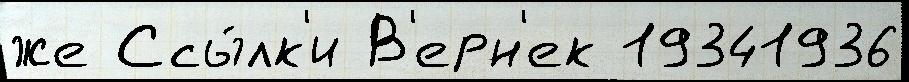
же Ссы́лк'и В'ерн'ек 19341936